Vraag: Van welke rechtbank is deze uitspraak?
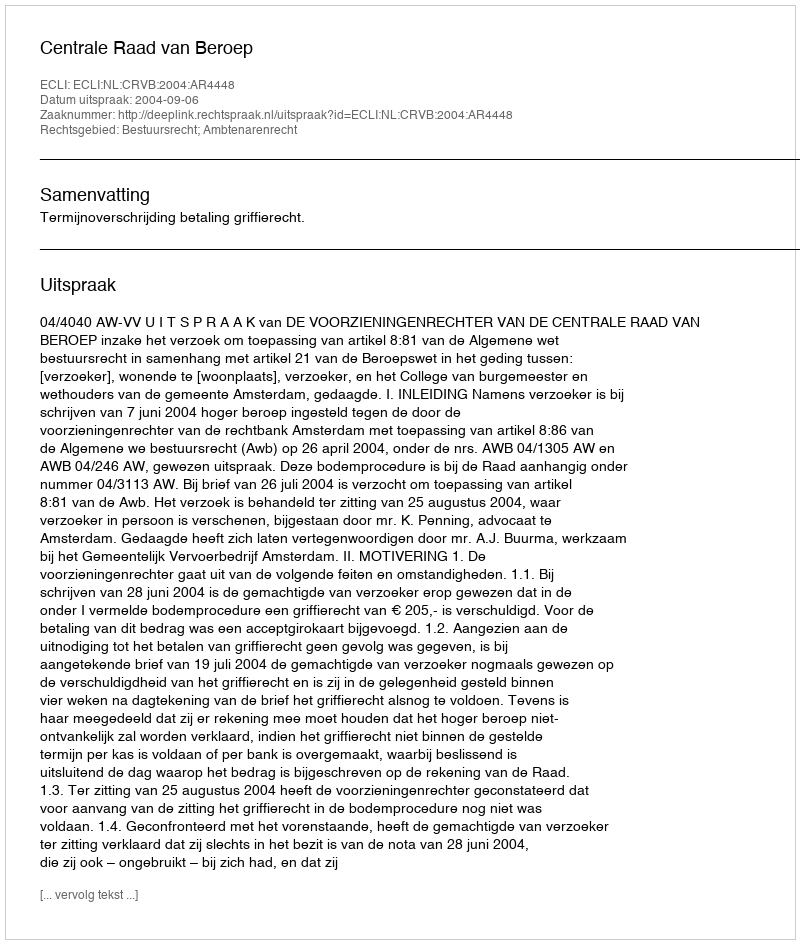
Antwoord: Centrale Raad van Beroep